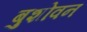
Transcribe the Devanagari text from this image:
बुशोवन